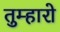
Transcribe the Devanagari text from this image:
तुम्‍हारो